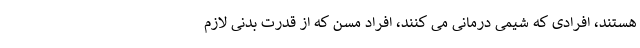
هستند، افرادی که شیمی درمانی می کنند، افراد مسن که از قدرت بدنی لازم